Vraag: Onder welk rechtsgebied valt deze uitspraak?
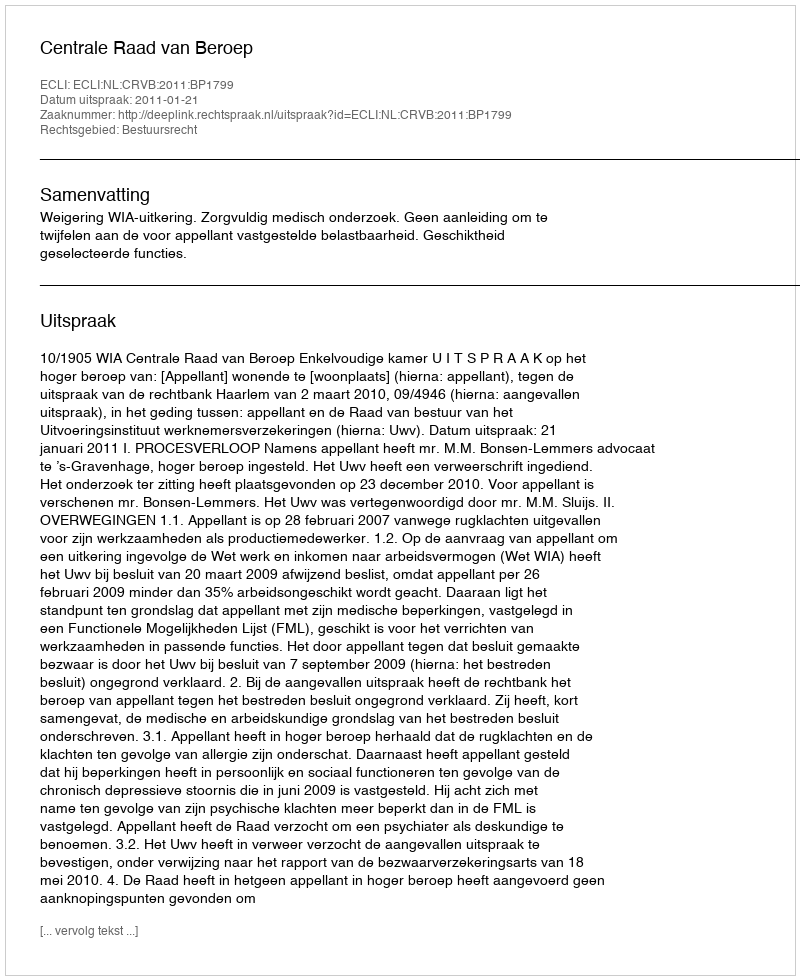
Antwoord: Bestuursrecht